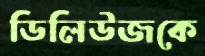
ডিলিউজকে